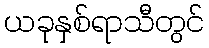
ယခုနှစ်ရာသီတွင်